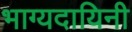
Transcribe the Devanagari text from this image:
भाग्यदायिनी